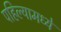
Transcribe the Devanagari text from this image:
पहिल्यामध्ये